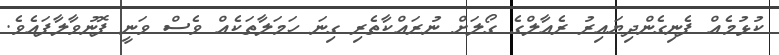
ކުޅުމެއް ފެނިގެންދިޔައިރު ރެއާލްގެ ގޯލަށް ނުރައްކާތެރި ގިނަ ހަމަލާތަކެއް ވެސް ވަނީ ފޮނުވާލާފައެވެ.